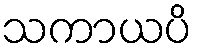
သကာယပိ